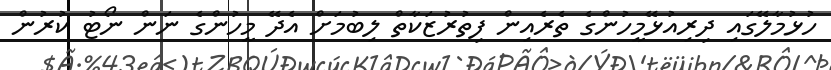
ހުޅުމާލޭގައި ދިރިއުޅޭމީހުންގެ ތެރެއިން ފިތުރުޒަކާތް ލިބުމަށް އެދޭ މީހުންގެ ނަން ނޯޓު ކުރުން